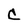
Character: C